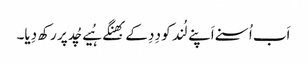
اَب اُسنے اَپنے لُند کو دِدِ کے بھِنگے ہُیے چُد پر رکھ دِیا۔